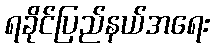
ရခိုင်ပြည်နယ်အရေး